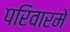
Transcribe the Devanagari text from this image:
परिवारमे